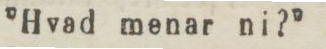
”Hvad menar ni?”